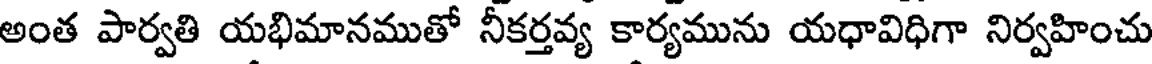
అంత పార్వతి యభిమానముతో నీకర్తవ్య కార్యమును యధావిధిగా నిర్వహించు